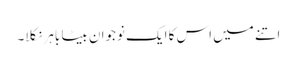
اتنے میں اس کا ایک نوجوان بیٹا باہر نکلا۔